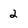
Character: 2